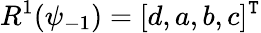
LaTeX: R^{1}(\psi_{-1})=[d,a,b,c]^{\mathtt{T}}